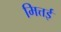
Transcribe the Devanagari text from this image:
मित्तई